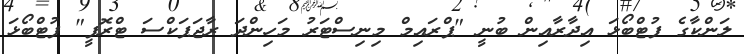
ލަންކާގެ ފުޓްބޯޅަ އިދާރާއިން ބުނީ "ޕްރައިމް މިނިސްޓަރު މަހިންދަ ރާޖަޕަކްސަ ޓްރޮފީ" ފުޓްބޯޅަ